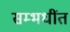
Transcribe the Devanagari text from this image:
सम्भधींत